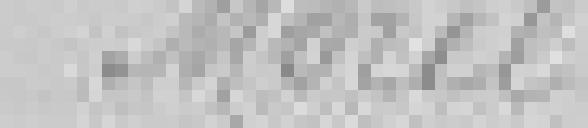
Morel